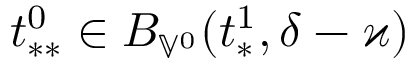
t _ { * * } ^ { 0 } \in B _ { \mathbb { V } ^ { 0 } } ( t _ { * } ^ { 1 } , \delta - \varkappa )